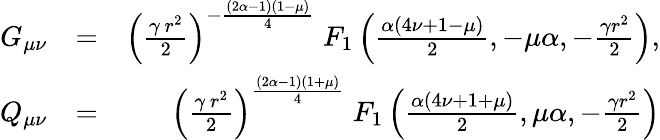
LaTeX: \begin{array}{rlr}{G_{\mu\nu}}&{=}&{\left({\frac{\gamma\, r^{2}}{2}}\right)^{-\frac{(2\alpha-1)(1-\mu)}{4}}\; F_{1}\left(\frac{\alpha(4\nu+1-\mu)}{2},-\mu\alpha,-\frac{\gamma r^{2}}{2}\right),}\\ {Q_{\mu\nu}}&{=}&{\left({\frac{\gamma\, r^{2}}{2}}\right)^{\frac{(2\alpha-1)(1+\mu)}{4}}\; F_{1}\left(\frac{\alpha(4\nu+1+\mu)}{2},\mu\alpha,-\frac{\gamma r^{2}}{2}\right)}\end{array}